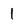
Character: 1